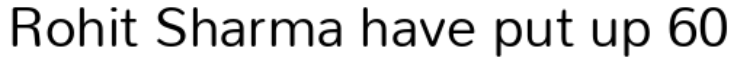
Rohit Sharma have put up 60